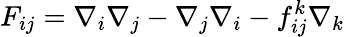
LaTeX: F_{ij}=\nabla_{i}\nabla_{j}-\nabla_{j}\nabla_{i}-f_{ij}^{k}\nabla_{k}